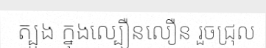
ត្បូង ក្នុងល្បឿនលឿន រួចជ្រុល